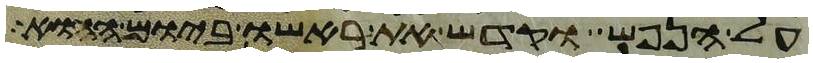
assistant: על הנפש וקדש את ראשו ביום ההוא